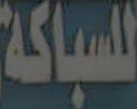
السباكة